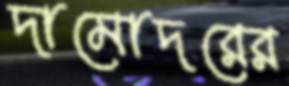
দামোদরের